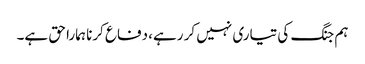
ہم جنگ کی تیاری نہیں کر رہے، دفاع کرنا ہمارا حق ہے۔